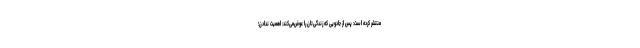
منتشر کرده است: پس از جادویی که زندگی‌تان را عوض‌می‌کند: اهمیت ندادن؛